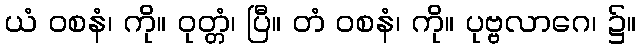
ယံ ဝစနံ၊ ကို။ ဝုတ္တံ၊ ပြီ။ တံ ဝစနံ၊ ကို။ ပုဗ္ဗလာဂေ၊ ၌။